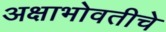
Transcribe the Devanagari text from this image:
अक्षाभोवतीचे